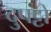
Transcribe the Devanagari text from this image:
दुपट्टों